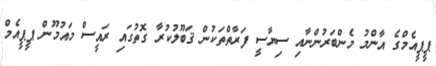
ޕީޕީއެމްގެ އާންމު މެންބަރުންނާއި ސިޔާސީ ފަރާތްތަކުން ޤަބޫލުކުރާ ގޮތުގައި ރައީސް މައުމޫން ޕީޕީއެމް